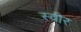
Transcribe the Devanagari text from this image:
स्वीर